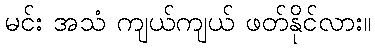
မင်း အသံ ကျယ်ကျယ် ဖတ်နိုင်လား။